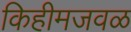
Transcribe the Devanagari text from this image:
किहीमजवळ